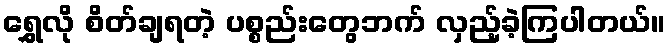
ရွှေလို စိတ်ချရတဲ့ ပစ္စည်းတွေဘက် လှည့်ခဲ့ကြပါတယ်။